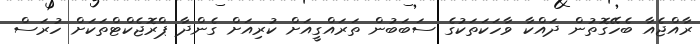
ރާއްޖެއާ ބެހޭގޮތުން ދައްކާ ވާހަކަތަކުގެ ސަބަބުން ތަރައްގީއަށް ކުރިއަށް ގެންދާ ޕްރޮޖެކްޓްތަކަށް ހުރަސް